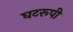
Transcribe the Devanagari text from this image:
घटरूपी